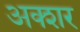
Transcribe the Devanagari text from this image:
अक्शर